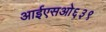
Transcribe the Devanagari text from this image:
आईएसओ६३९